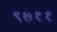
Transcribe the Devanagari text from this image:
९७११